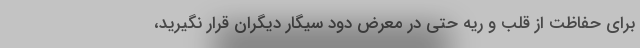
برای حفاظت از قلب و ریه حتی در معرض دود سیگار دیگران قرار نگیرید،